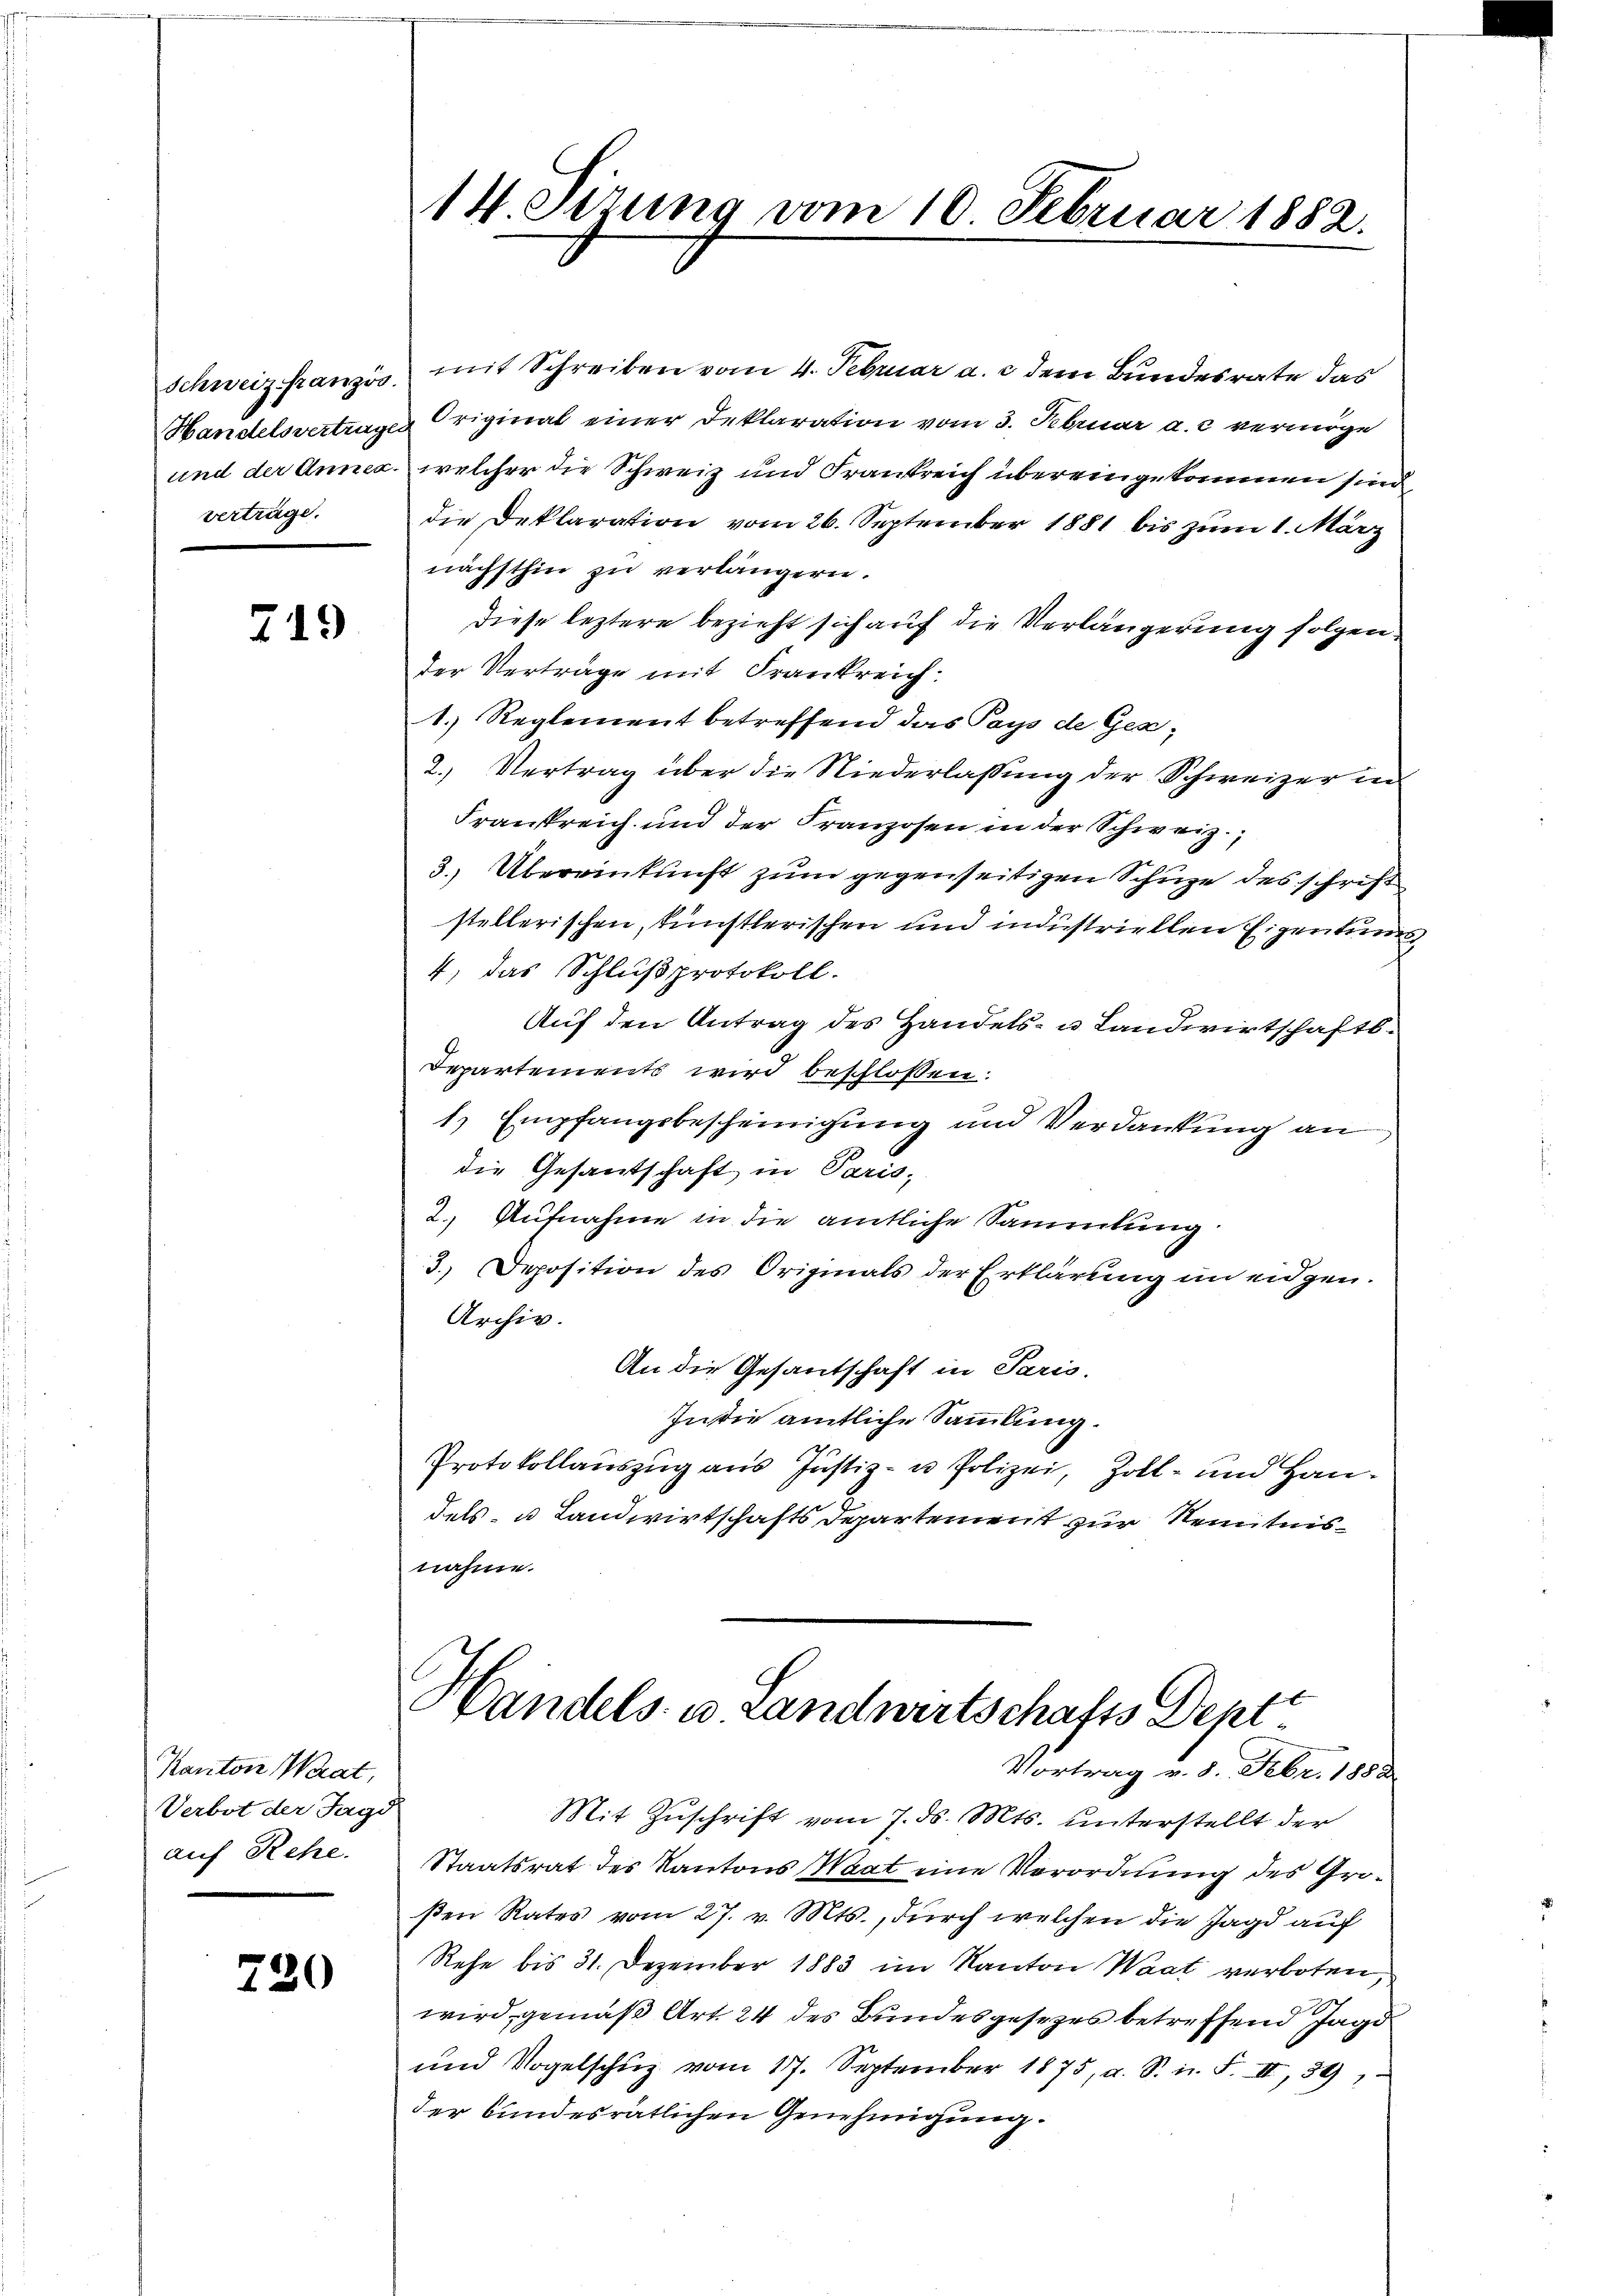
verträge.

719

Kanton Waat,
Verbot der Jagd
auf Rehe.

720

14. Setzung vom 10. Februar 1882.

Schweiz französ. mit Schreiben vom 4. Februar a. c. dem Bundesrate das
Handelsvertrages Original einer Deklaration vom 3. Februar a. c. vermöge
und der Annex, welcher die Schweiz und Frankreich übereingekommen sind
die Deklaration vom 26. September 1881 bis zum 1. März
nächsthin zu verlängern.
Diese leztere bezieht sich auf die Verlängerung folgen
der Vertrage mit Frankreich:
1.) Reglement betreffend das Pays de Ges¬
2.) Vertrag über die Niederlassung der Schweizer in
Frankreich und der Franzosen in der Schweiz.
3.) Übereinkunft zum gegenseitigen Schüze des schrift
stellerischen, künstlerischen und industriellen Eigentuel
4) das Schlußprotokoll.
Auf den Antrag des Handels- u. Landwirtschaft.
Departements wird beschlossen:
1) Empfangsbescheinigung und Verdankung an
die Gesantschaft in Paris,
2.) Aufnahme in die amtliche Sammlung
3. Deposition des Originals der Erklärung im eidgen.
Archiv.
An die Gesantschaft in Paris,
In die amtliche Sammlung.
Protokollauszug aus Justiz- u Polizei, Zoll- und Handels- u Landwirtschafts Departement zur Kenntnisnahme.
Handels- u. Landwirtschafts Dept¬
Vortrag v. 8. Febr. 1882
Mit Zuschrift vom 7. ds. Mts. unterstellt der
Staatsrat des Kantons Maat eine Verordnung des Großen Rates vom 27. v. Mts., durch welchen die Jagd auf
Rehe bis 31. Dezember 1883 im Kanton Waat verboten,
wird gemäß Art. 24 des Bundesgesetzes betreffend Jagd
und Vogelschŭz vom 17. September 1875, a. S. n. F. II, 391
der bundesrätlichen Genehmigung.